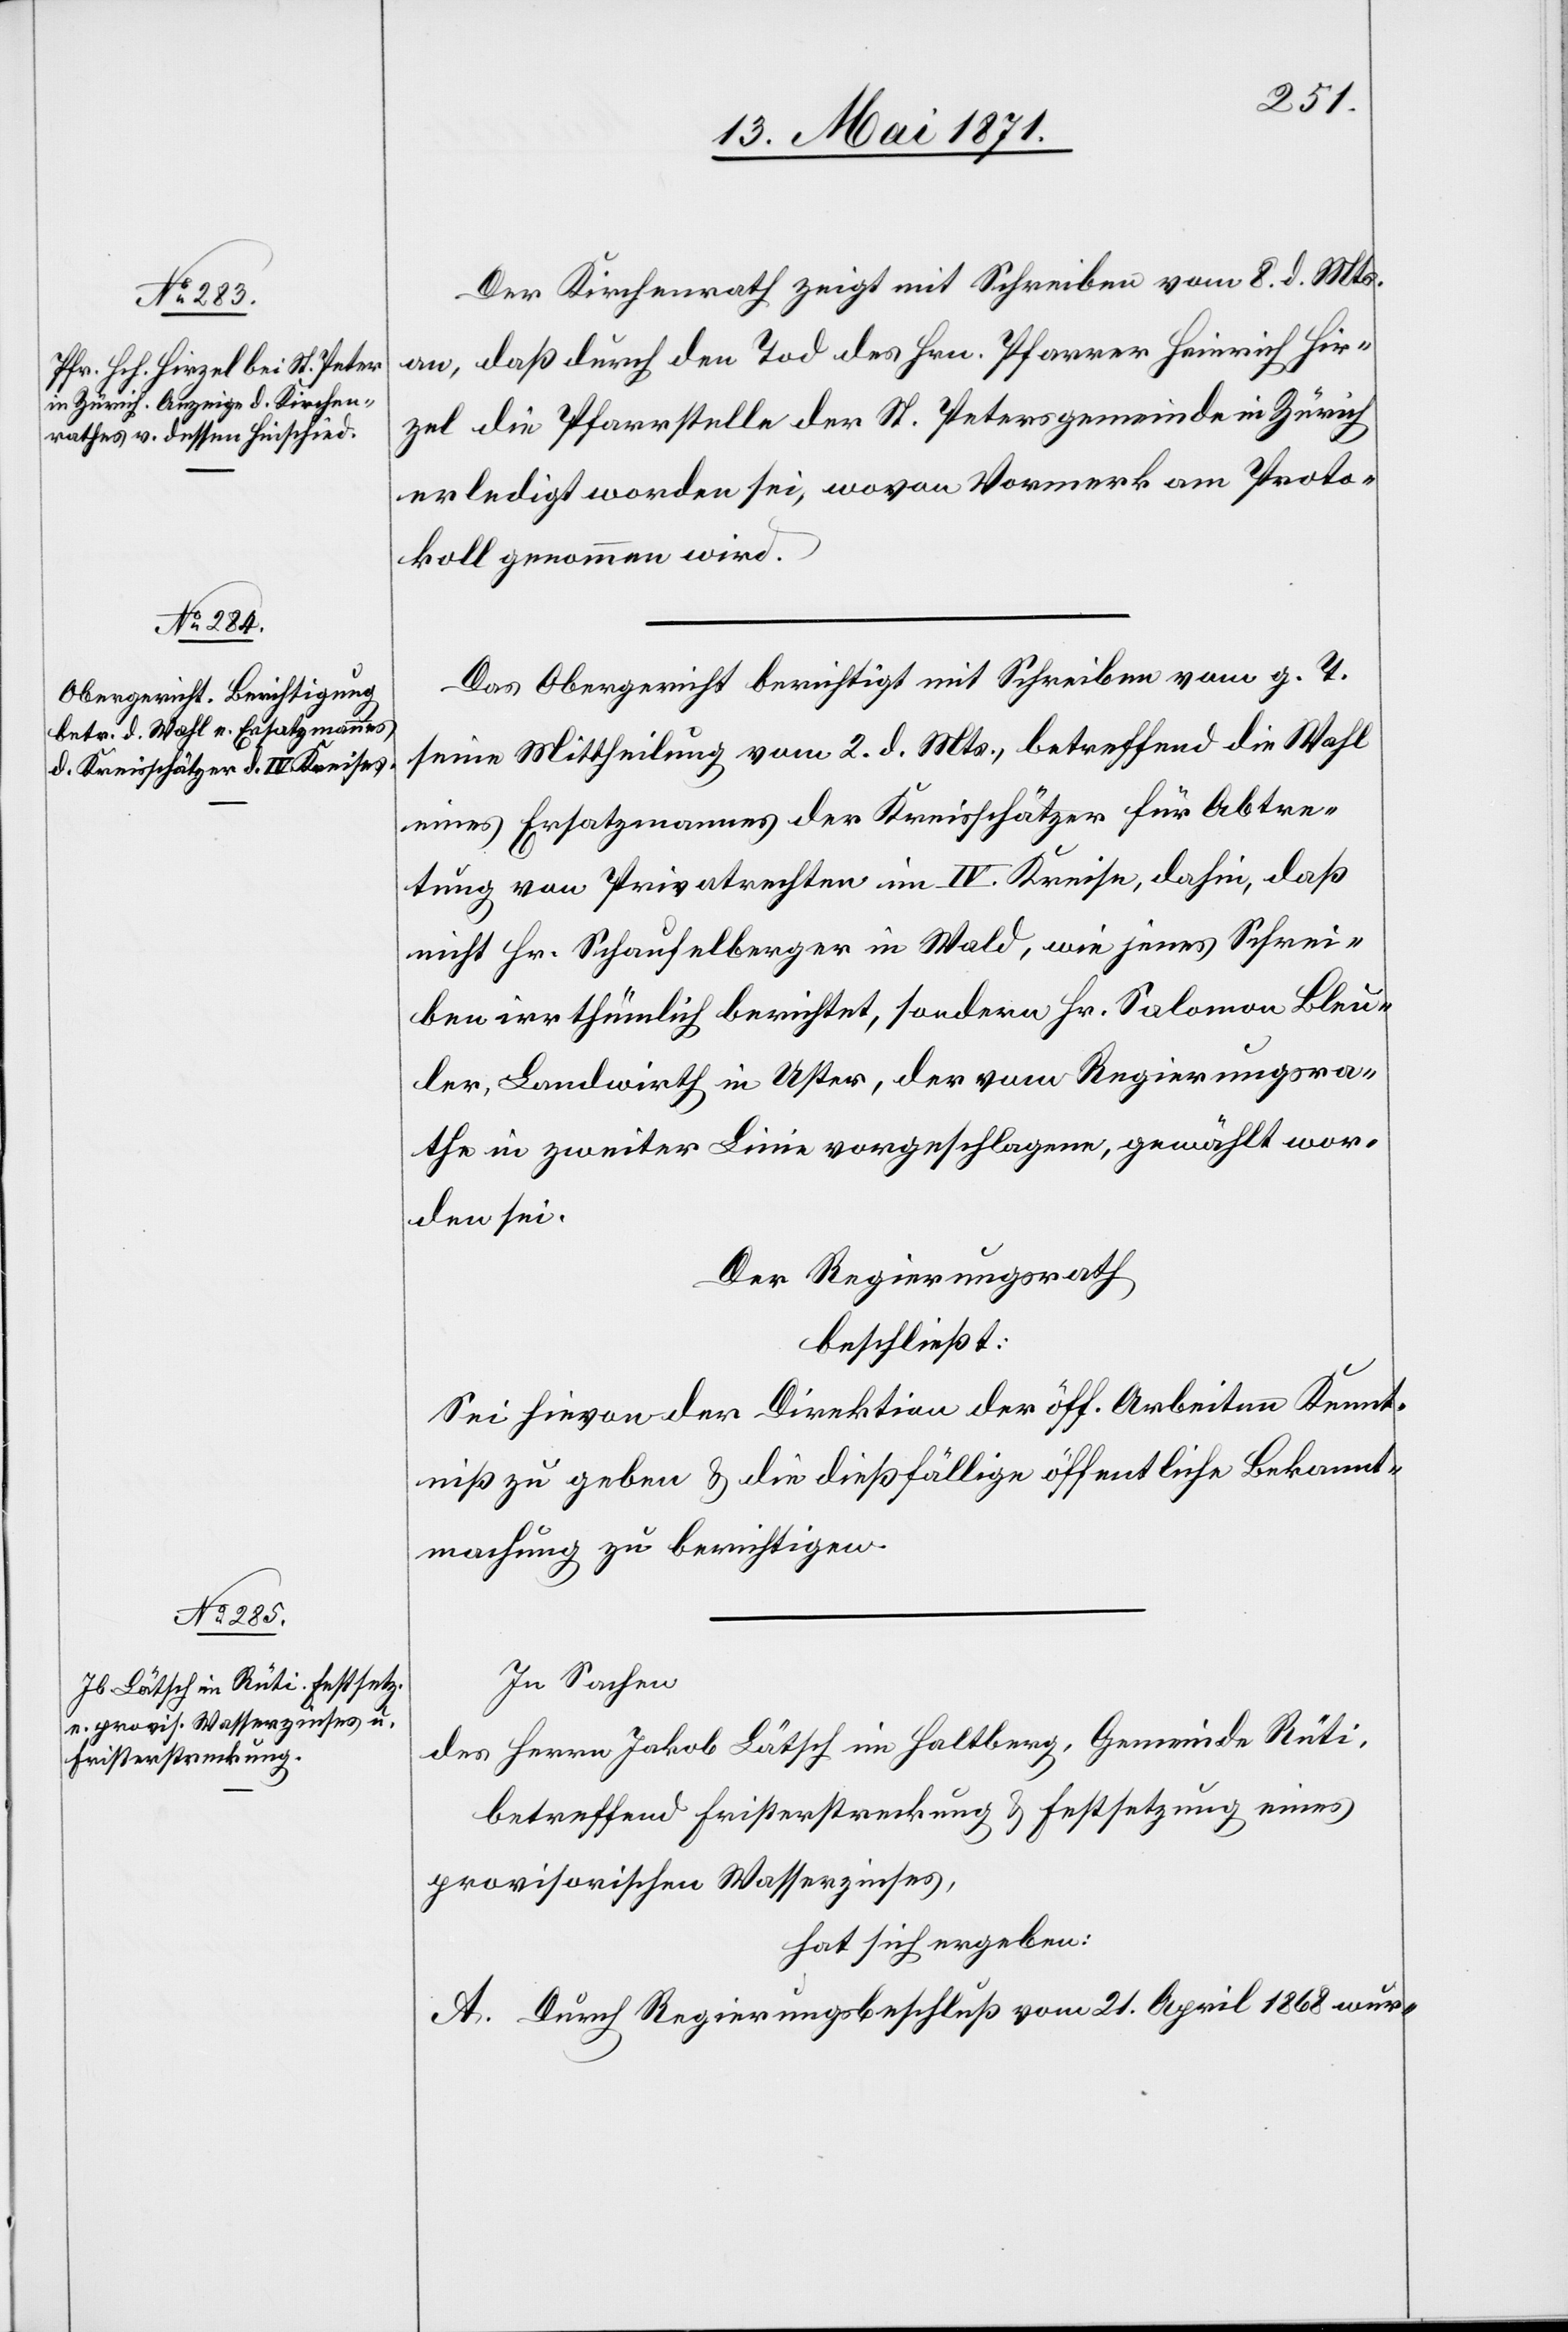
Der Kirchenrath zeigt mit Schreiben vom 8. d. Mts.
an, daß durch den Tod des Hrn. Pfarrer Heinrich Hir¬
zel die Pfarrstelle der St. Petersgemeinde in Zürich
erledigt worden sei, wovon Vormerk am Proto¬
koll genommen wird.
Das Obergericht berichtet mit Schreiben vom g. T.
seine Mittheilung vom 2. d. Mts., betreffend die Wahl
eines Ersatzmannes der Kreisschätzer für Abtre¬
tung von Privatrechten im IV. Kreise, dahin, daß
nicht Hr. Schaufelberger in Wald, wie jenes Schrei¬
ben irrthümlich berichtet, sondern Hr. Salomon Bleu¬
ler, Landwirth in Uster, der vom Regierungsra¬
the in zweiter Linie vorgeschlagene, gewählt wor¬
den sei.
Der Regierungsrath
beschließt:
Sei hievon der Direktion der öff. Arbeiten Kennt¬
niß zu geben u. dießfällige öffentliche Bekannt¬
machung zu berichtigen.
In Sachen
des Herrn Jakob Lätsch in Haltberg, Gemeinde Rüti,
betreffend Fristerstreckung u. Festsetzung eines
provisorischen Wasserzinses,
hat sich ergeben:
A. Durch Regierungsrathsbeschluß vom 21. April 1868 wur-